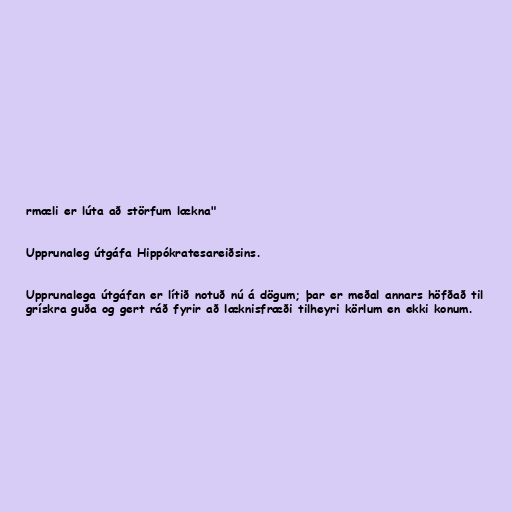
rmæli er lúta að störfum lækna"

Upprunaleg útgáfa Hippókratesareiðsins.

Upprunalega útgáfan er lítið notuð nú á dögum; þar er meðal annars höfðað til
grískra guða og gert ráð fyrir að læknisfræði tilheyri körlum en ekki konum.